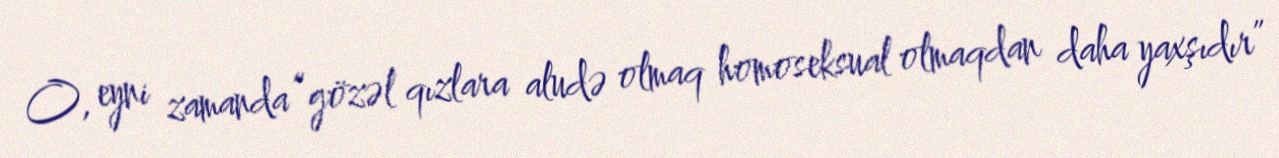
O, eyni zamanda “gözəl qızlara aludə olmaq homoseksual olmaqdan daha yaxşıdır”